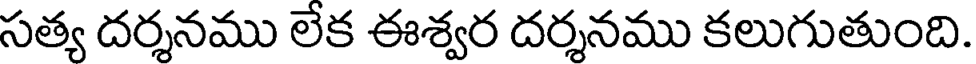
సత్య దర్శనము లేక ఈశ్వర దర్శనము కలుగుతుంది.